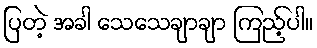
ပြတဲ့ အခါ သေသေချာချာ ကြည့်ပါ။